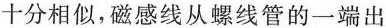
十分相似，磁感线从螺线管的一端出